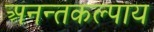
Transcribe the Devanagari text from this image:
अनन्तकल्पाय